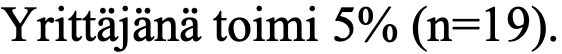
Yrittäjänä toimi 5% (n=19).